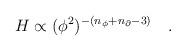
LaTeX: \begin{align*}H \propto (\phi^2)^{- (n_{\phi} + n_{\partial} -3)}\quad.\end{align*}